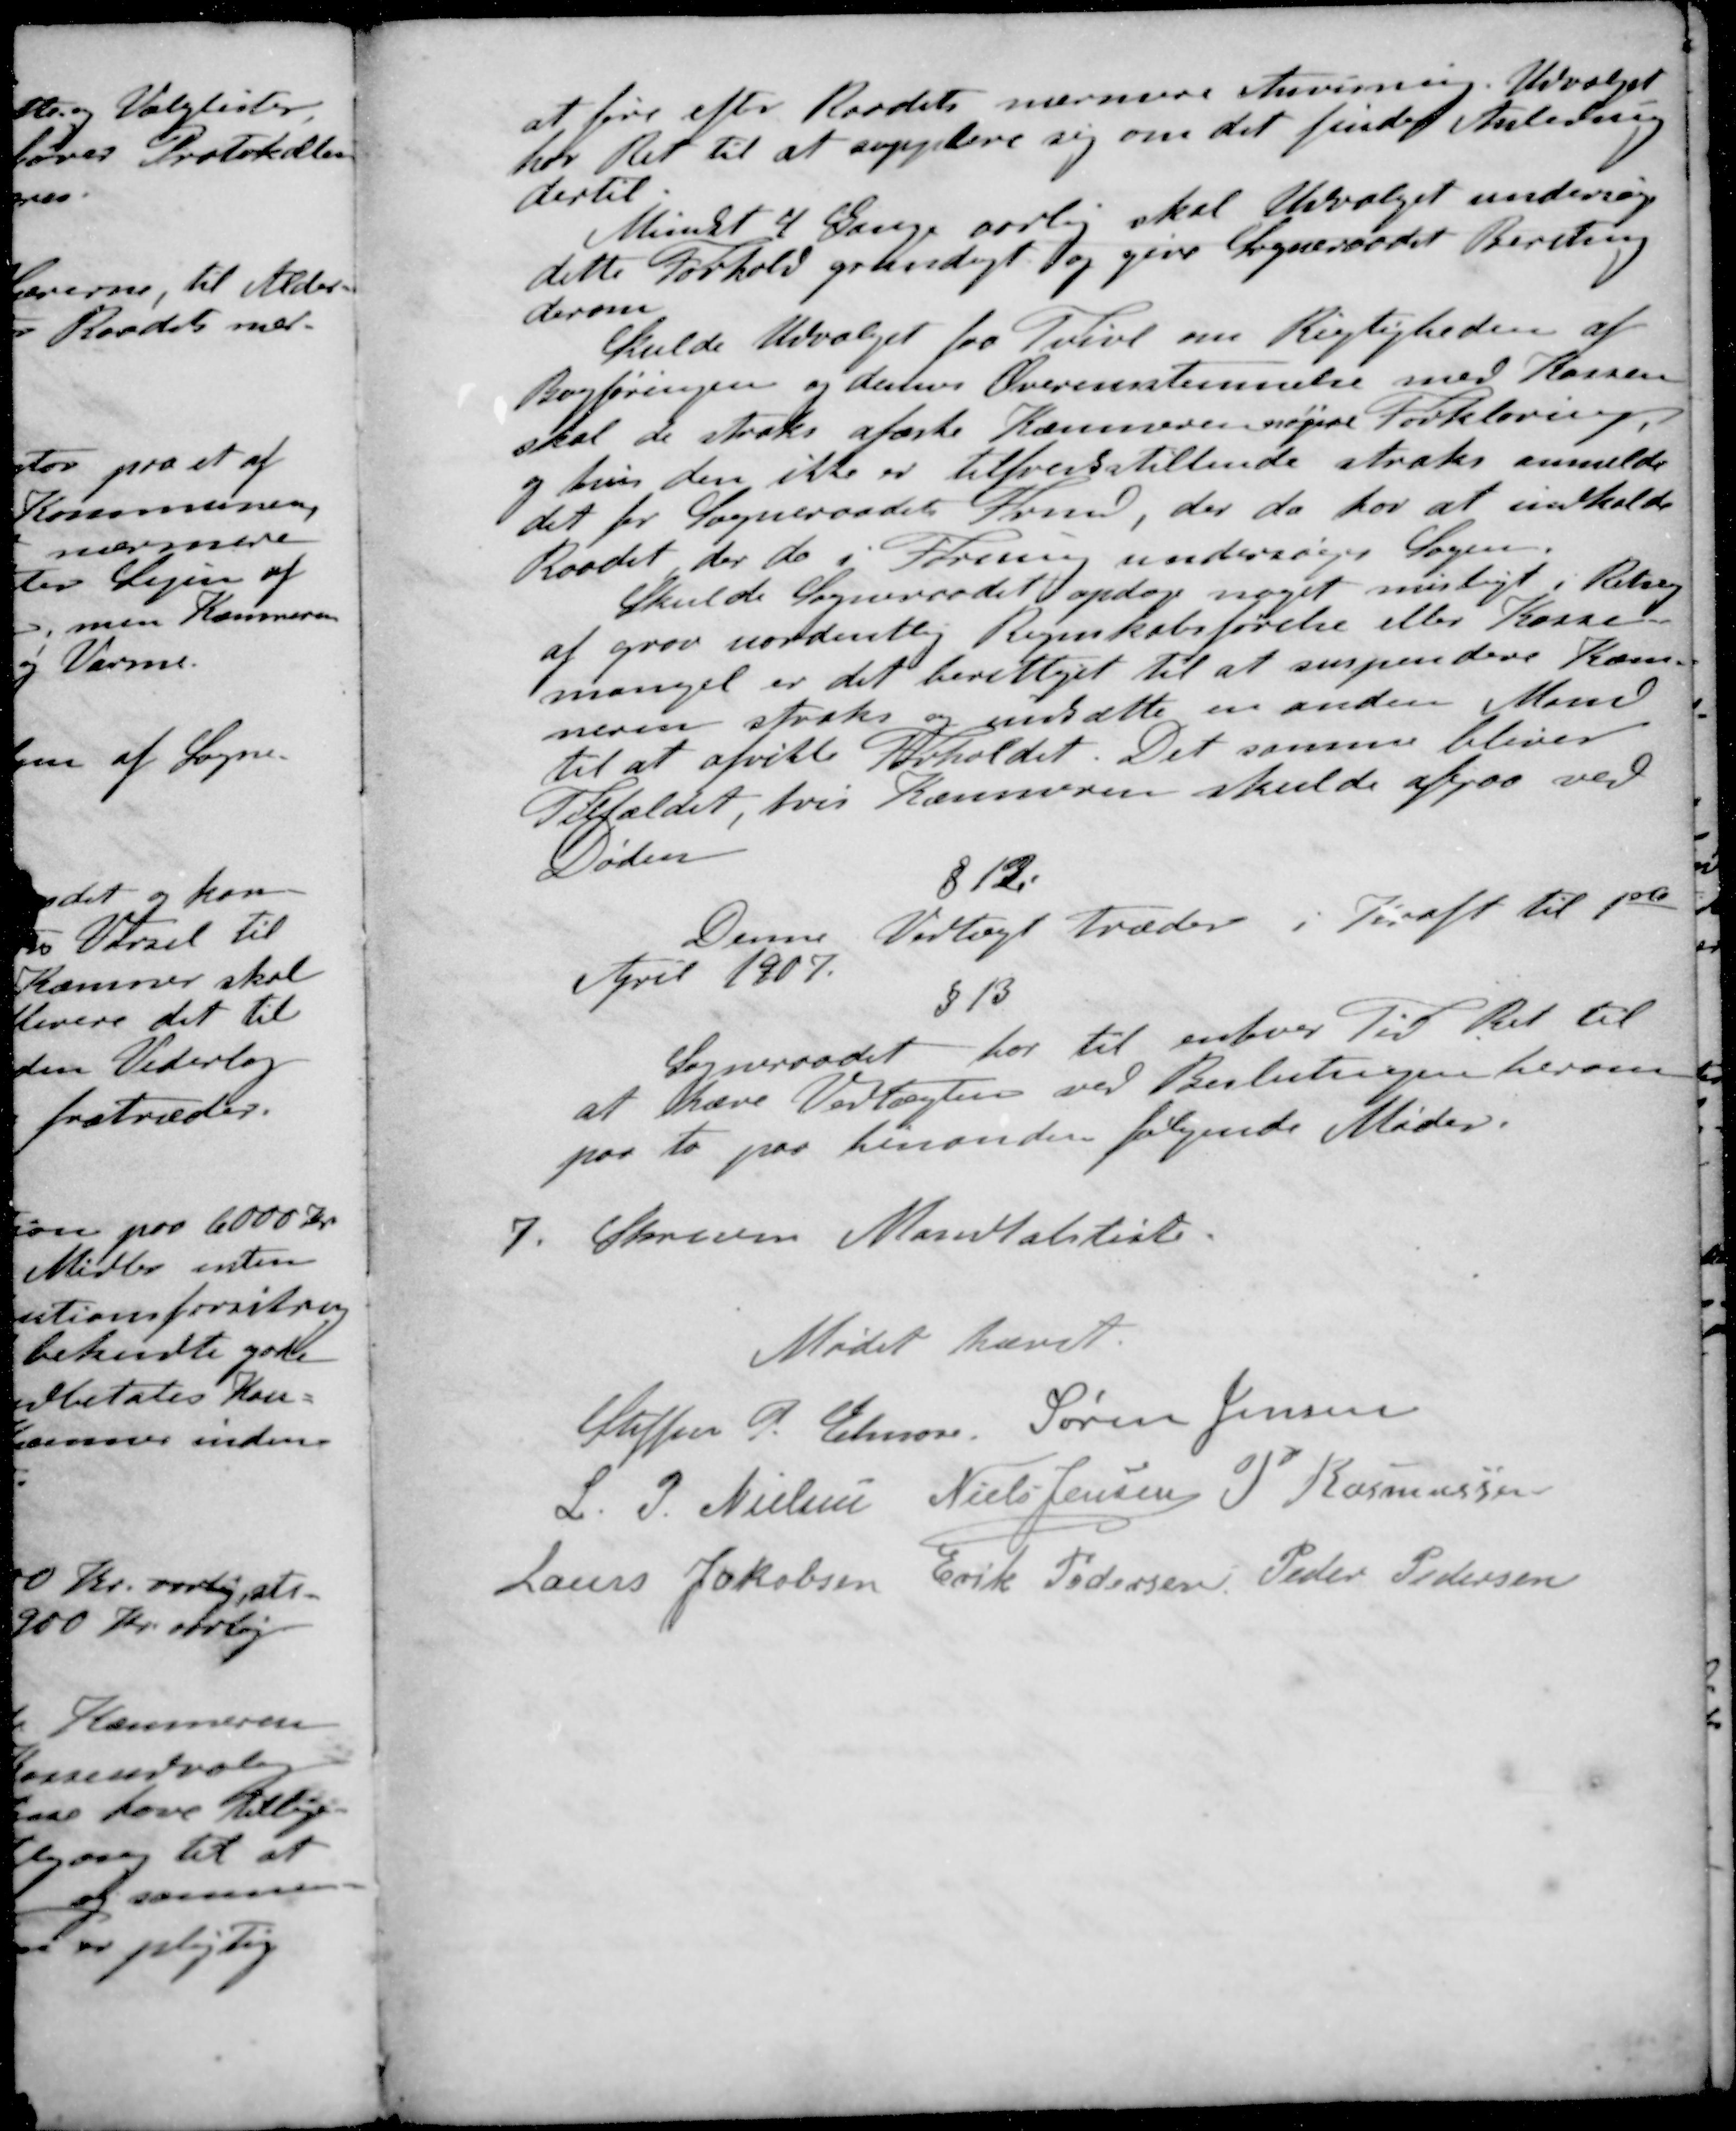
Transskription:
at føre efter Raadets nærmere Anvisning. Udvalget
hor Ret til at supplere sig om det finder Anledning
dertil
Mindst 2 Gange aarlig skal Udvalget undersøge
dette Forhold grundigt og give Sogneraadet beretning
derom
Skulde Udvalget fra Tvivl om Rigtigheden af
Bogføringen og dennes Overensstemmelse med Kassen
skal de straks afæske Kæmneren nøjere Forklaring.
og hvis den ikke er tilfredsstillende straks anmelde
det for Sogneraadet Frmd, der da har at indkalde
Raadet der da i Forening undersøger Sagen.
Skulde Sogneraadet opdage noget misligt i Retning
af grov uordentlig Regnskabsførelse eller Kasse-
mangel er det berettiget til at suspendere Kæm-
neren straks og indsætte en anden Mand
til at afvikle Forholdet. Det samme bliver
Tilfældet, hvis Kæmneren skulde afgaa ved
Døden
§12.
Denne Vedtægt træder i Kraft til 1ste
April 1907.
§13
Sogneraadet har til enhver Tid Ret til
at hæve Vedtægten ved Beslutningen herom
paa to paa hinanden følgende Møder.
7. Skreven Mandtalsliste
Mødet hævet.
Steffen P. Elmose
Søren Jensen
L P Nielsen
Niels Jensen
P Rasmussen
Laurs Jakobsen
Erik Pedersen
Peder Pedersen